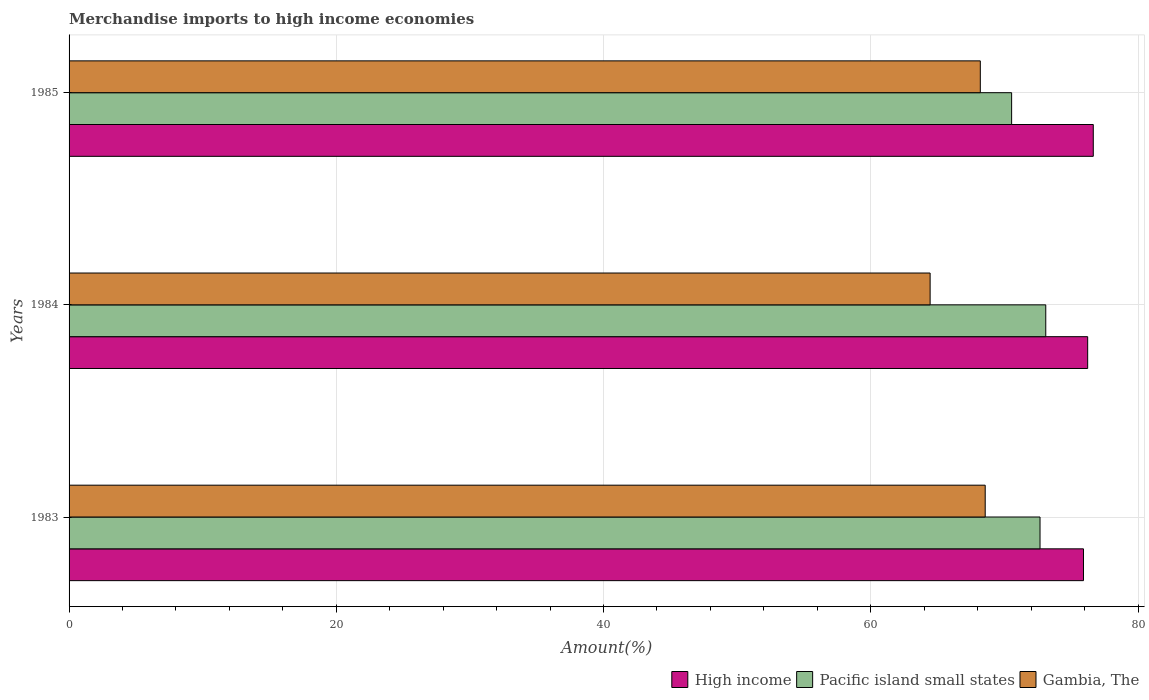
| Years | High income | Pacific island small states | Gambia, The |
 | --- | --- | --- | --- |
 | 1983 | 75.9 | 72.7 | 68.6 |
 | 1984 | 76.2 | 73.1 | 64.4 |
 | 1985 | 76.7 | 70.5 | 68.2 |